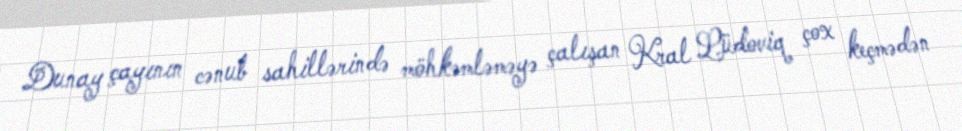
Dunay çayının cənub sahillərində möhkəmləməyə çalışan Kral Lüdoviq çox keçmədən